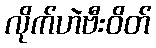
လိုက်ဟဲဗီးဝိတ်